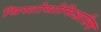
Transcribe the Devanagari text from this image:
सिस्टोसोमिआसिस